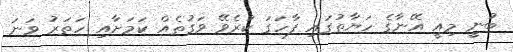
ބުނީ މިއީ އޭނާގެ ހަޔާތުގައި ފާހަގަ ކުރެވޭ ވަގުތެއް ކަމަށާއި ހަތަރު ވަނަ